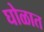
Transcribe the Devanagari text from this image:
घोळात